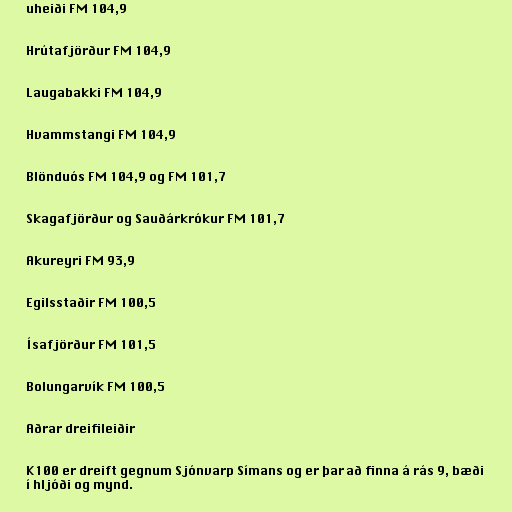
uheiði FM 104,9

Hrútafjörður FM 104,9

Laugabakki FM 104,9

Hvammstangi FM 104,9

Blönduós FM 104,9 og FM 101,7

Skagafjörður og Sauðárkrókur FM 101,7

Akureyri FM 93,9

Egilsstaðir FM 100,5

Ísafjörður FM 101,5

Bolungarvík FM 100,5

Aðrar dreifileiðir

K100 er dreift gegnum Sjónvarp Símans og er þar að finna á rás 9, bæði
í hljóði og mynd.